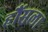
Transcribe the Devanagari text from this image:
हौंसला